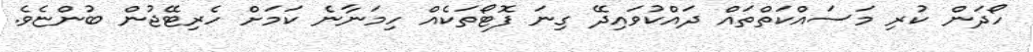
ހޯދަން ކުރި މަސައްކަތްތައް ދައްކުވައިދޭ ގިނަ ފޮޓޯތަކެއް ހިމަނާނެ ކަމަށް ހެރިޓޭޖުން ބުންޏެވެ.